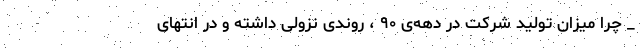
_ چرا میزان تولید شرکت در دهه‌ی ۹۰ ، روندی نزولی داشته و در انتهای